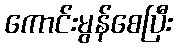
ကောင်းမွန်စေပြီး